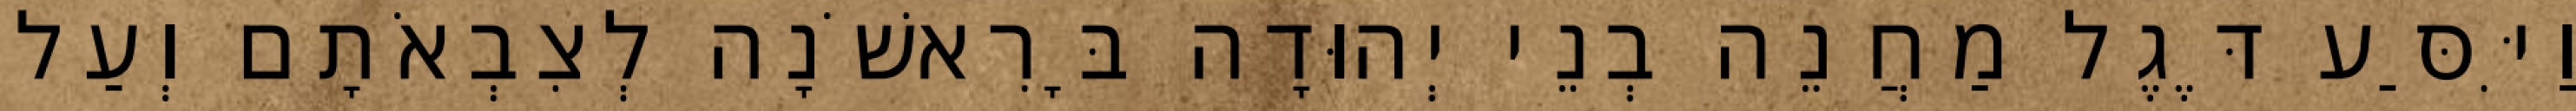
וַיִּסַּע דֶּגֶל מַחֲנֵה בְנֵי יְהוּדָה בָּרִאשֹׁנָה לְצִבְאֹתָם וְעַל